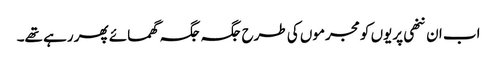
اب ان ننھی پریوں کو مجرموں کی طرح جگہ جگہ گھمائے پھر رہے تھے۔